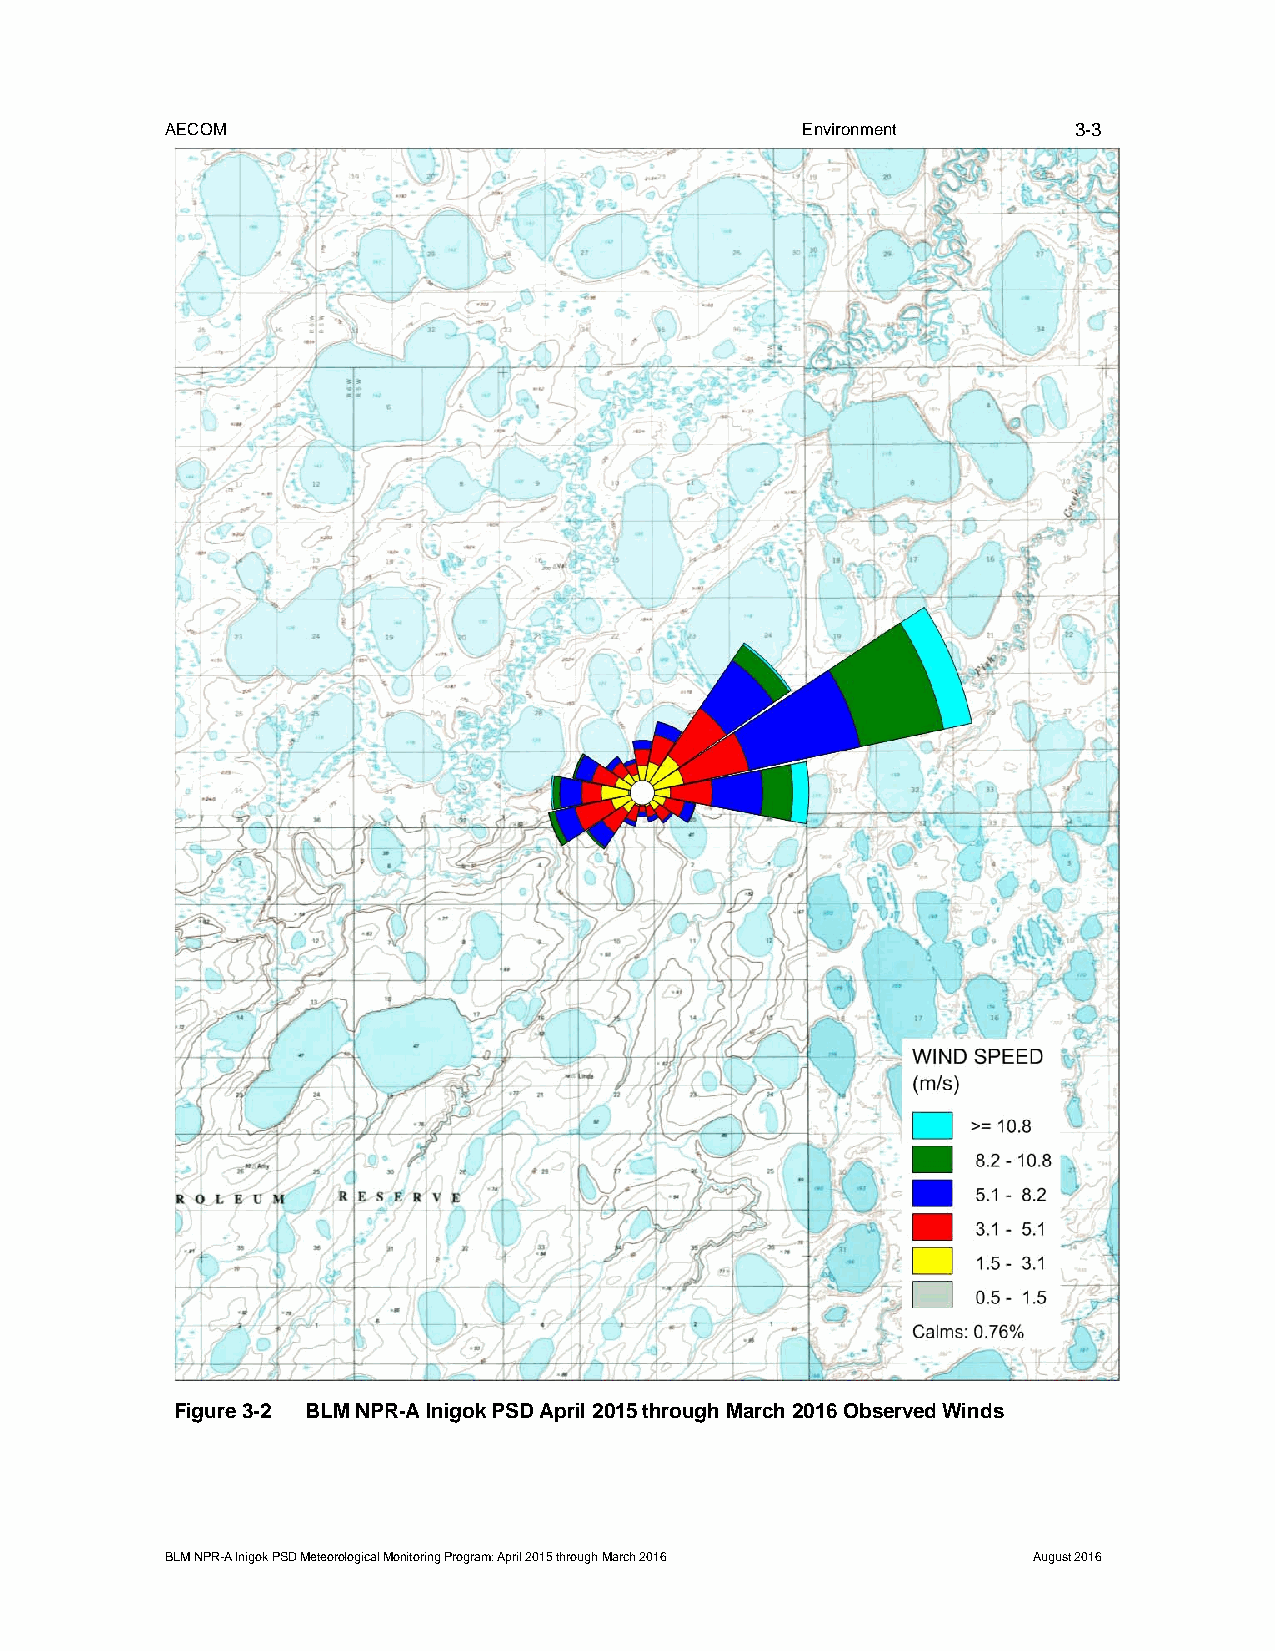
AECOM                                     Environment       3-3
 Figure 3-2 BLM NPR-A Inigok PSD April 2015 through March 2016 Observed Winds
 BLM NPR-A Inigok PSD Meteorological Monitoring Program: April 2015 through March 2016 August 2016